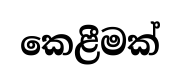
කෙළීමක්